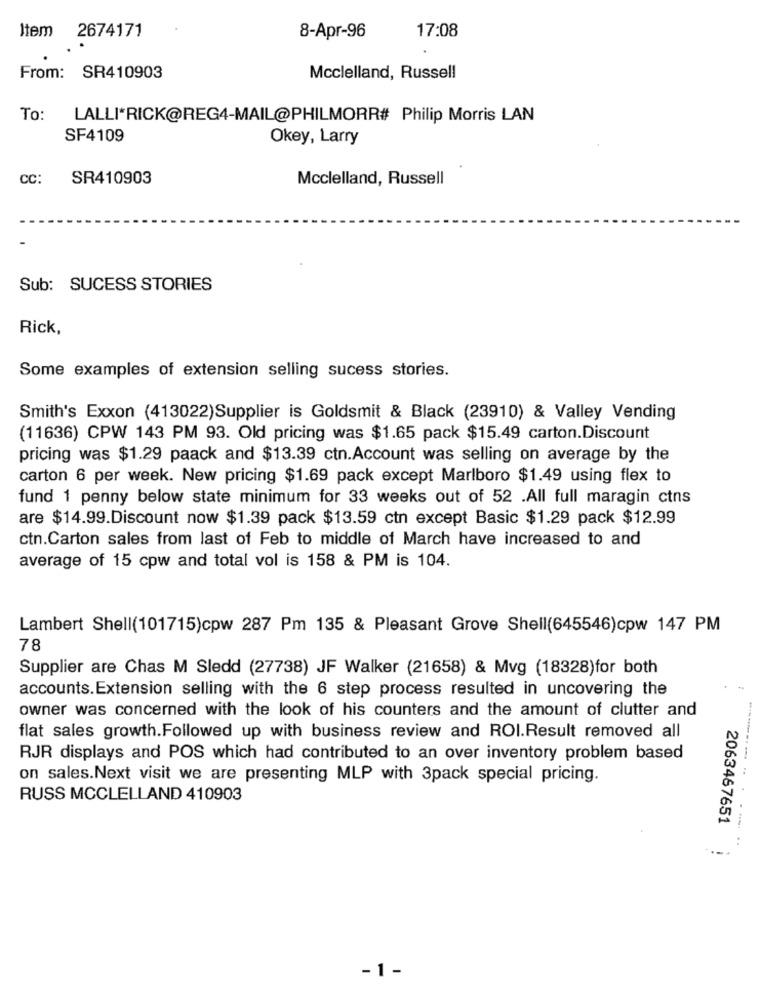
Item 2674171
17:08
8-Apr-96
From: SR410903
Mcclelland, Russell
To:
LALLI*RICK@REG4-MAIL@PHILMORR# Philip Morris LAN
SF4109
Okey, Larry
CC:
SR410903
Mcclelland, Russell
Sub: SUCESS STORIES
Rick,
Some examples of extension selling sucess stories.
Smith's Exxon (413022)Supplier is Goldsmit & Black (23910) & Valley Vending
(11636) CPW 143 PM 93. Old pricing was $1.65 pack $15.49 carton.Discount
pricing was $1.29 paack and $13.39 ctn.Account was selling on average by the
carton 6 per week. New pricing $1.69 pack except Marlboro $1.49 using flex to
fund 1 penny below state minimum for 33 weeks out of 52 .All full maragin ctns
are $14.99.Discount now $1.39 pack $13.59 ctn except Basic $1.29 pack $12.99
ctn.Carton sales from last of Feb to middle of March have increased to and
average of 15 cpw and total vol is 158 & PM is 104.
Lambert Shell(101715)cpw 287 Pm 135 & Pleasant Grove Shell(645546)cpw 147 PM
78
Supplier are Chas M Sledd (27738) JF Walker (21658) & Mvg (18328)for both
accounts. Extension selling with the 6 step process resulted in uncovering the
owner was concerned with the look of his counters and the amount of clutter and
flat sales growth.Followed up with business review and ROI.Result removed all
RJR displays and POS which had contributed to an over inventory problem based
on sales. Next visit we are presenting MLP with 3pack special pricing.
RUSS MCCLELLAND 410903
2063467651
-1 -